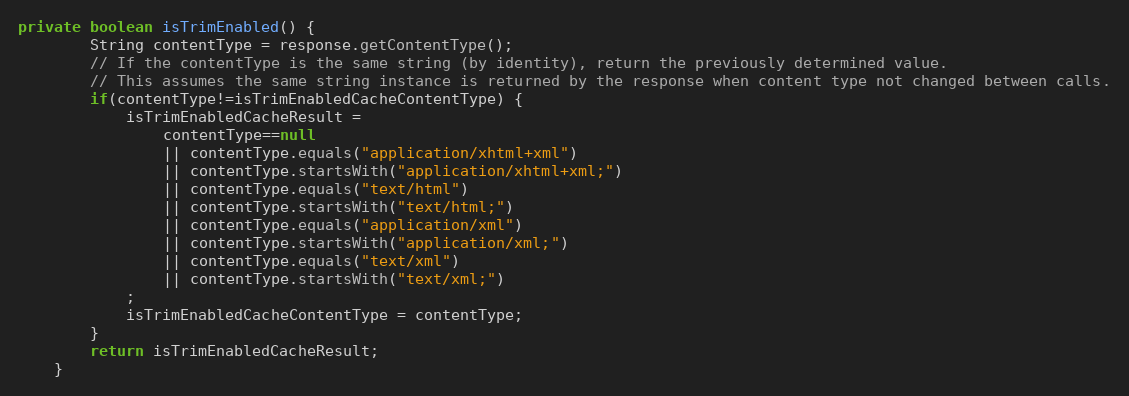
Language: Java
private boolean isTrimEnabled() {
		String contentType = response.getContentType();
		// If the contentType is the same string (by identity), return the previously determined value.
		// This assumes the same string instance is returned by the response when content type not changed between calls.
		if(contentType!=isTrimEnabledCacheContentType) {
			isTrimEnabledCacheResult =
				contentType==null
				|| contentType.equals("application/xhtml+xml")
				|| contentType.startsWith("application/xhtml+xml;")
				|| contentType.equals("text/html")
				|| contentType.startsWith("text/html;")
				|| contentType.equals("application/xml")
				|| contentType.startsWith("application/xml;")
				|| contentType.equals("text/xml")
				|| contentType.startsWith("text/xml;")
			;
			isTrimEnabledCacheContentType = contentType;
		}
		return isTrimEnabledCacheResult;
	}